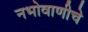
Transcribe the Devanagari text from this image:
नभोवाणीचे